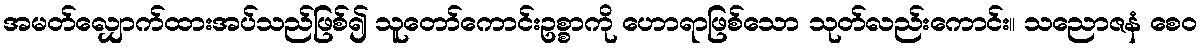
အမတ်လျှောက်ထားအပ်သည်ဖြစ်၍ သူတော်ကောင်းဥစ္စာကို ဟောရာဖြစ်သော သုတ်လည်းကောင်း။ သညောဇနံ စေဝ